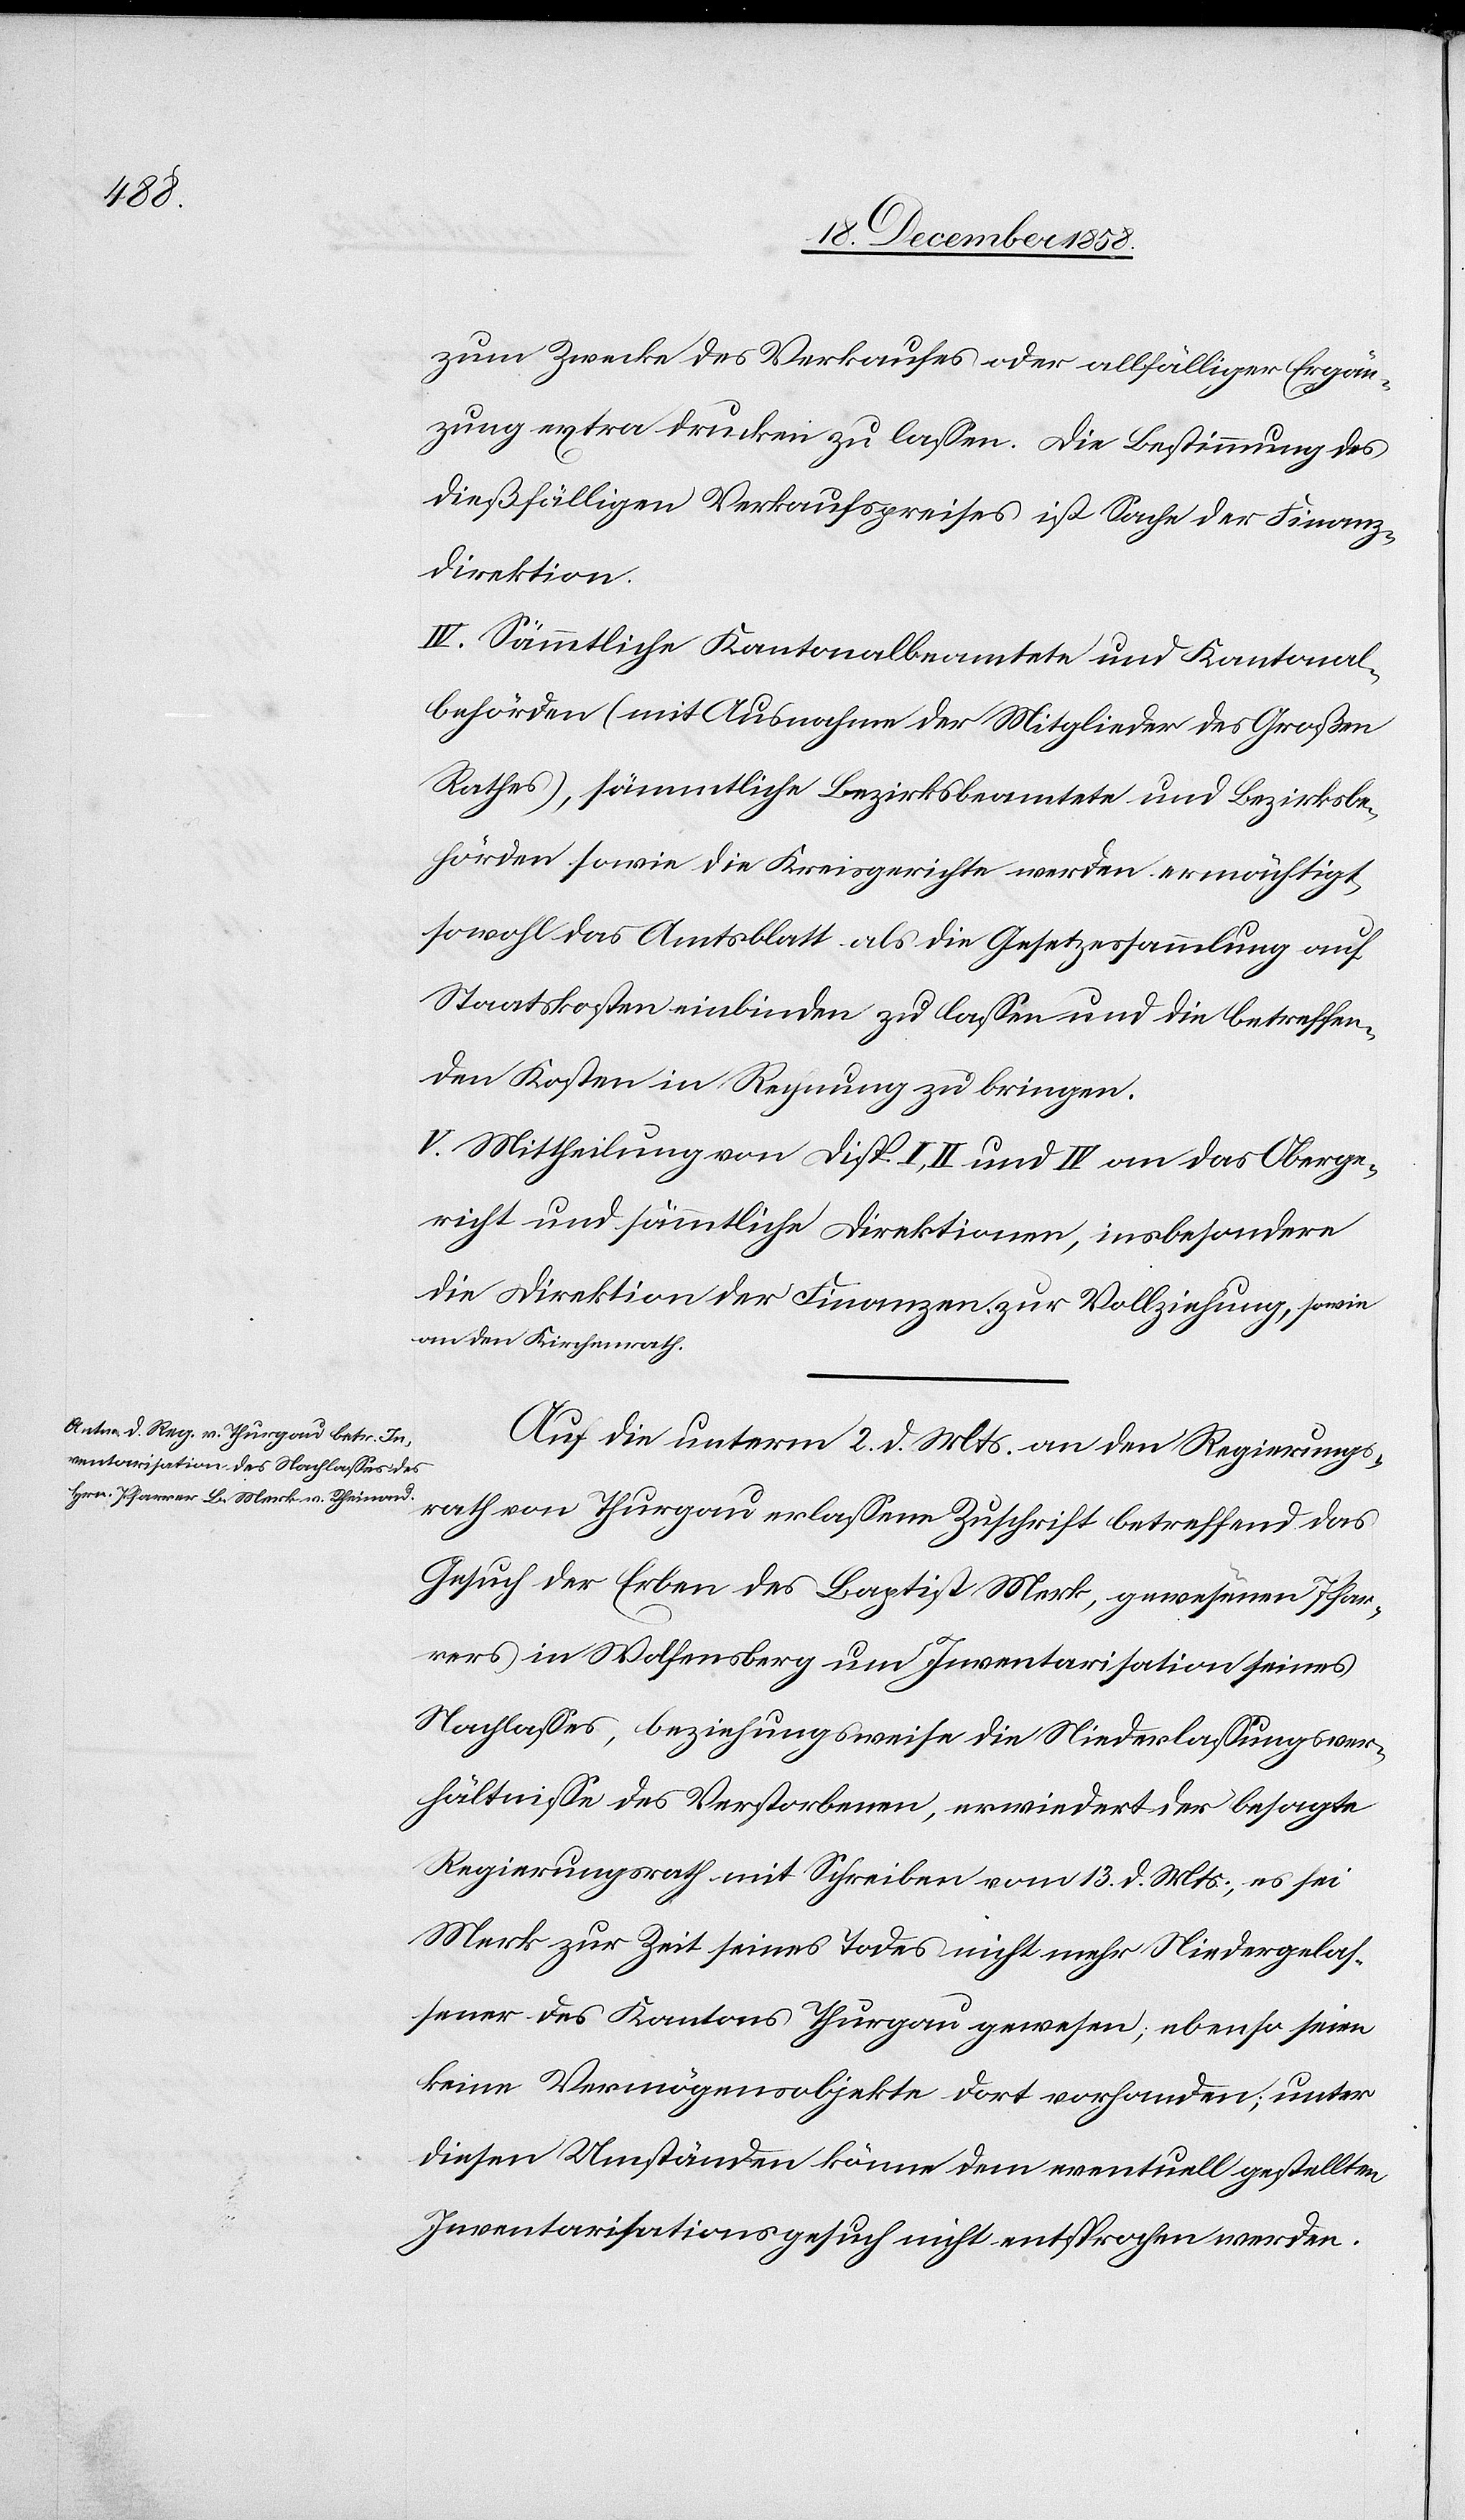
1857

Direktion